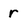
Character: r